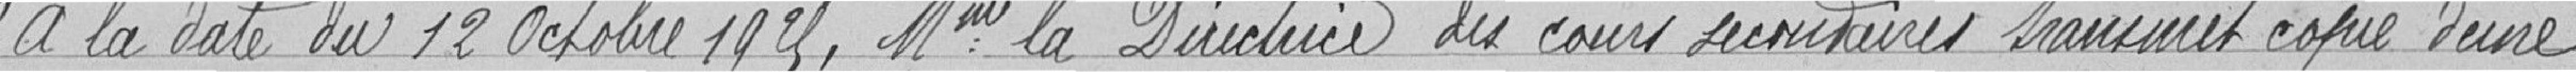
"A la date du 12 octobre 1925, Mme la Directrice des cours secondaires transmet copie d'une